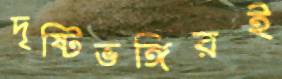
দৃষ্টিভঙ্গিরই